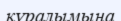
құралымына